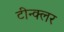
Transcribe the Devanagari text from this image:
टीन्क्लर